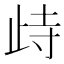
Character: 歭